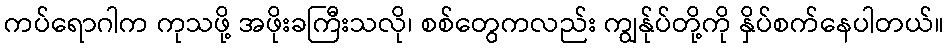
ကပ်ရောဂါက ကုသဖို့ အဖိုးခကြီးသလို၊ စစ်တွေကလည်း ကျွန်ုပ်တို့ကို နှိပ်စက်နေပါတယ်။